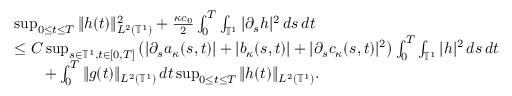
\begin{array} { r l } & { \operatorname* { s u p } _ { 0 \leq t \leq T } \| h ( t ) \| _ { L ^ { 2 } ( \ensuremath { \mathbb { T } } ^ { 1 } ) } ^ { 2 } + \frac { \kappa c _ { 0 } } { 2 } \int _ { 0 } ^ { T } \int _ { \ensuremath { \mathbb { T } } ^ { 1 } } | \partial _ { s } h | ^ { 2 } \, d s \, d t } \\ & { \leq C \operatorname* { s u p } _ { s \in \ensuremath { \mathbb { T } } ^ { 1 } , t \in [ 0 , T ] } \left( | \partial _ { s } a _ { \kappa } ( s , t ) | + | b _ { \kappa } ( s , t ) | + | \partial _ { s } c _ { \kappa } ( s , t ) | ^ { 2 } \right) \int _ { 0 } ^ { T } \int _ { \ensuremath { \mathbb { T } } ^ { 1 } } | h | ^ { 2 } \, d s \, d t } \\ & { \qquad + \int _ { 0 } ^ { T } \| g ( t ) \| _ { L ^ { 2 } ( \ensuremath { \mathbb { T } } ^ { 1 } ) } \, d t \operatorname* { s u p } _ { 0 \leq t \leq T } \| h ( t ) \| _ { L ^ { 2 } ( \ensuremath { \mathbb { T } } ^ { 1 } ) } . } \end{array}